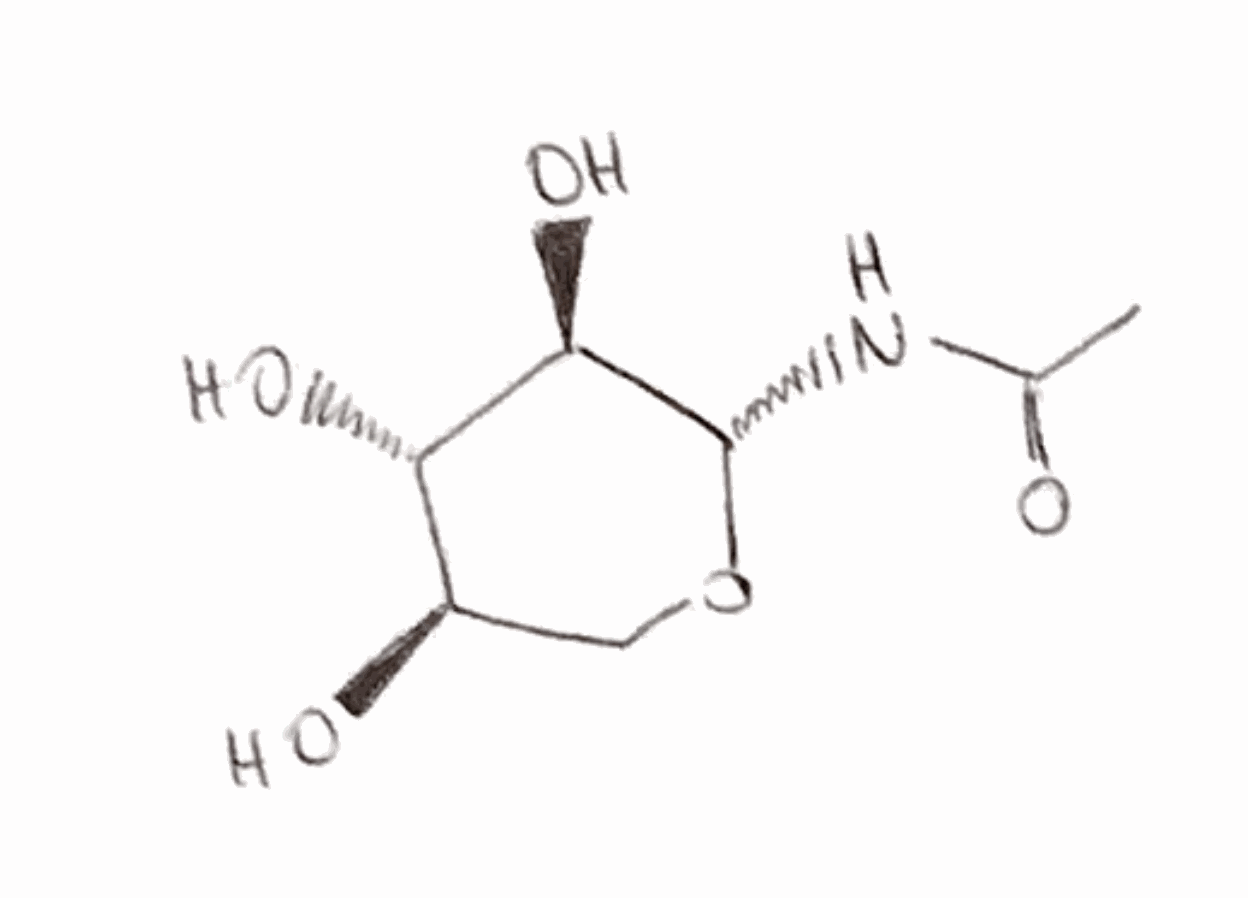
Simplified molecular-input line-entry system (SMILES) notation of the given molecule:
CC(=O)N[C@H]1[C@@H]([C@H]([C@@H](CO1)O)O)O